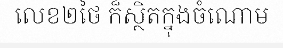
លេខ២ថៃ ក៏ស្ថិតក្នុងចំណោម